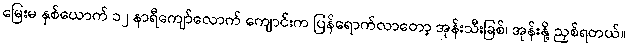
မြေးမ နှစ်ယောက် ၁၂ နာရီကျော်လောက် ကျောင်းက ပြန်ရောက်လာတော့ အုန်းသီးခြစ်၊ အုန်းနို့ ညှစ်ရတယ်။